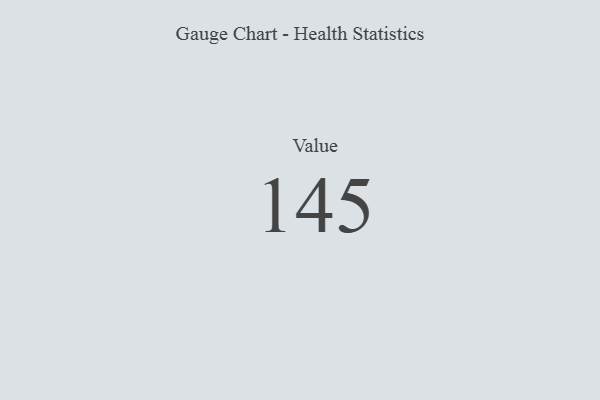
{"axis": {"x": "Metric", "y": "Value"}, "legend": [""], "data": [{"x": "Value", "y": 145, "type": ""}]}